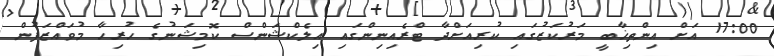
17:00 އަށް އިންތިޚާބީ މަރުކަޒުގައި ކުރިއަށްދާ ޓްރެއިނިންގައި އިލެކްޝަންސް ކޮމިޝަނުގެ ހުރިހާ މުވައްޒަފުން